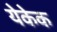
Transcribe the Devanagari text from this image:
येकेक